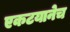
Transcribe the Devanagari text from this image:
एकटयानेच